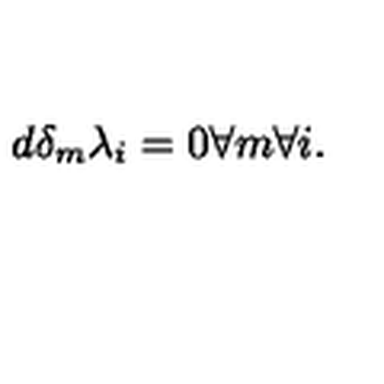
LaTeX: d \delta _ { m } \lambda _ { i } = 0 \forall m \forall i .